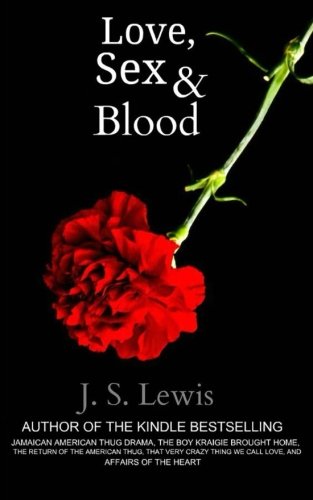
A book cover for Love, Sex and Blood: The Jamaican American Thug Drama Saga Book 5 (Volume 5); J. S. Lewis; Literature & Fiction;